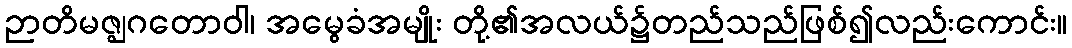
ဉာတိမဇ္ဈဂတောဝါ၊ အမွေခံအမျိုး တို့၏အလယ်၌တည်သည်ဖြစ်၍လည်းကောင်း။